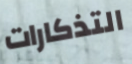
التذكارات